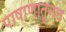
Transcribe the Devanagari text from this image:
पाषाणातूनच